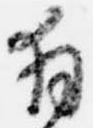
拝